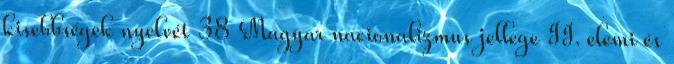
kisebbségek nyelvét 38 Magyar nacionalizmus jellege II. elemi és